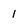
Character: 1